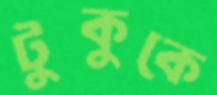
টুকুকে